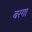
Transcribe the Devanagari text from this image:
बरगा